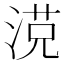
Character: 𣸿